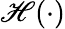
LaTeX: \mathscr{H}(\cdot)